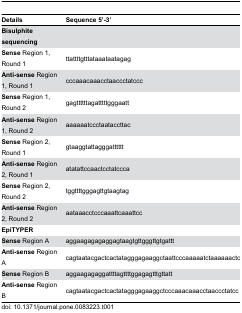
| Details | Sequence 5’-3’ |
 | --- | --- |
 | Bisulphite sequencing |  |
 | Sense Region 1, Round 1 | ttattttgtttataaataatagag |
 | Anti-sense Region 1, Round 1 | cccaaacaaacctaaccctatccc |
 | Sense Region 1, Round 2 | gagttttttagatttttgggaatt |
 | Anti-sense Region 1, Round 2 | aaaaaatccctaataccttac |
 | Sense Region 2, Round 1 | gtaaggtattagggatttttt |
 | Anti-sense Region 2, Round 1 | atatattccaactcctatccca |
 | Sense Region 2, Round 2 | tggttttgggagttgtaagtag |
 | Anti-sense Region 2, Round 2 | aataaacctcccaaattcaaattcc |
 | EpiTYPER |  |
 | Sense Region A | aggaagagagaggagtaagtgttgggttgtgattt |
 | Anti-sense Region A | cagtaatacgactcactatagggagaaggctaattcccaaaaatctaaaaaactc |
 | Sense Region B | aggaagagaggattttagttttggagagtttgttatt |
 | Anti-sense Region B | cagtaatacgactcactatagggagaaggctcccaaacaaacctaaccctatcc |